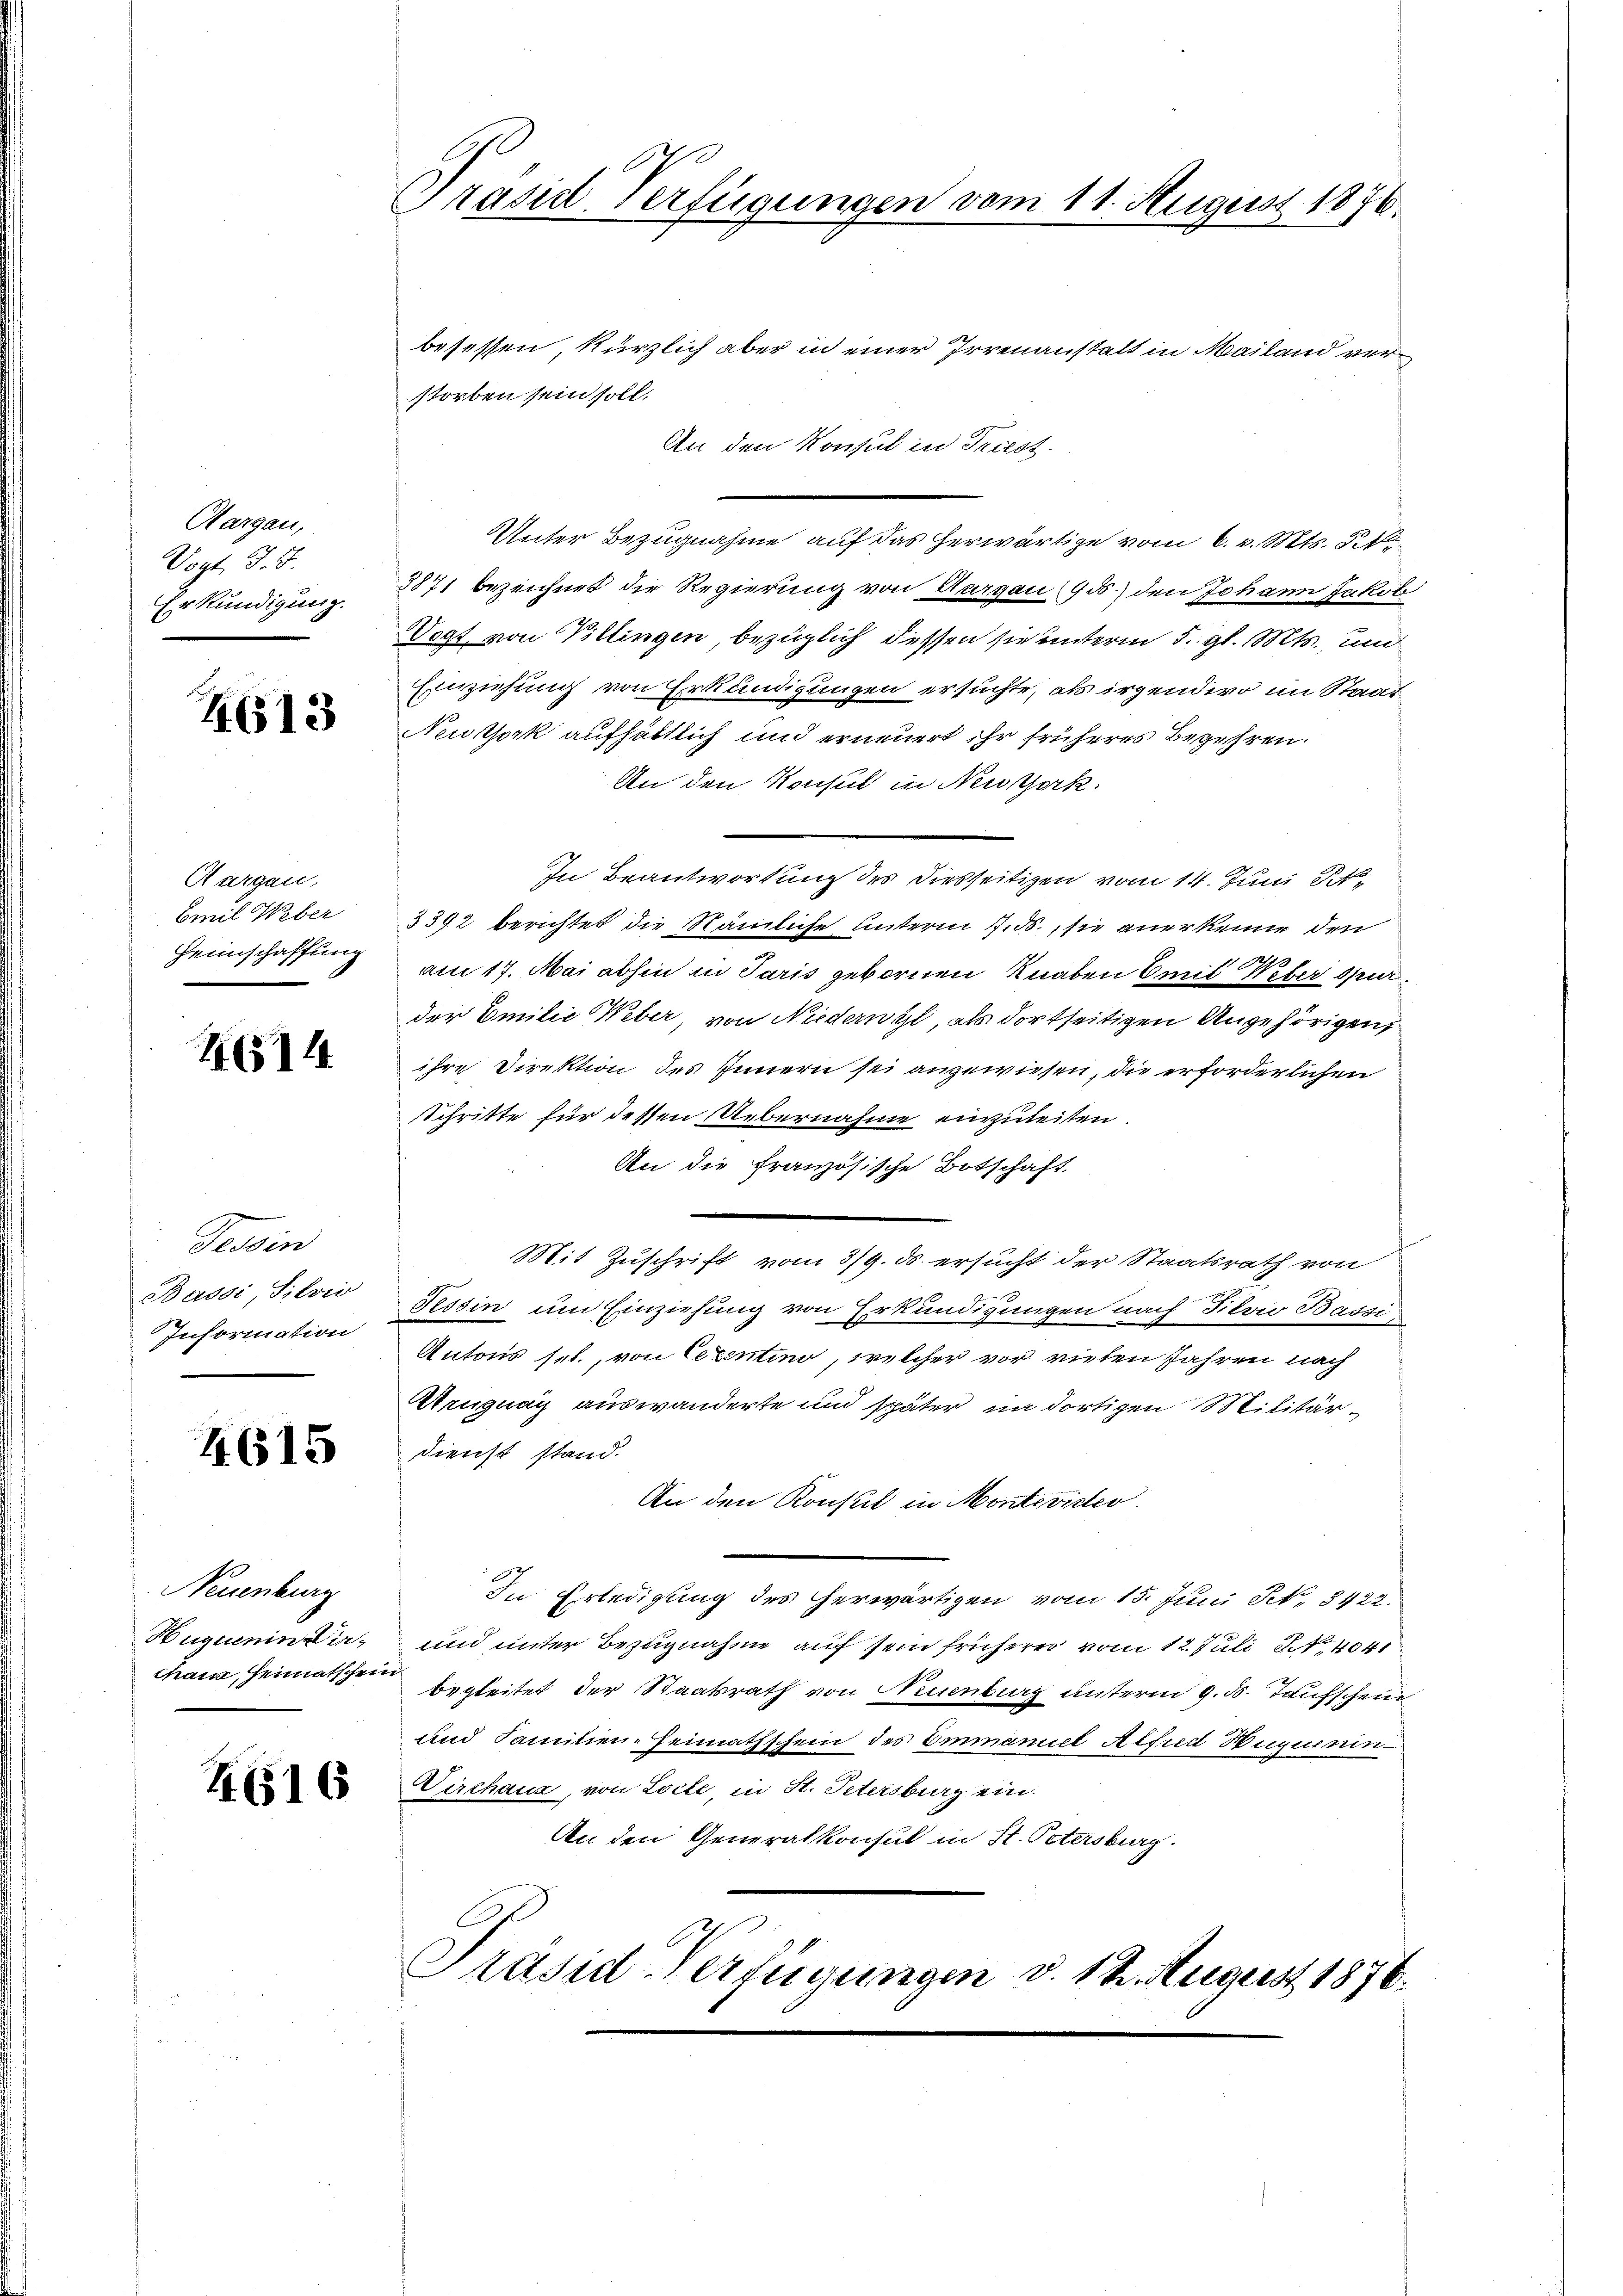
Aargau,
Vogt J. J.
Erkundigung.

4613

Aargau,
Emil Weber
Heimschaffung

4614

Tessin
Bassi, Silvio
Information

4615

Neuenburg
Huguenin Dir

4616

Präsid. Verfügungen vom 11. August 1876.

besessen, kürzlich aber in einer Irrenanstalt in Mailand verstorben sein soll.
An den Konsul in Triest.
Unter Bezugnahme auf das herwärtige vom 6. v. Mts. d. 1
8871 bezeichnet die Regierung von Aargau (930) den Johann Jakob
Vogt von Villingen, bezüglich dessen sie unterm 5. gl. Mts., und
Einziehung von Erkundigungen ersuchte, als irgendero im Staat
Neuthork aufhältlich und erneuert ihr früheres Begehren
An den Konsul in Neukork
In Beantwortung des Diesseitigen vom 14. Juni 84
3392 berichtet die Nämliche Unterm 7. ds., sie anerkenne den
am 17. Mai abhin in Paris gebornen Knaben Emil Weber spurder Emilie Weber, von Niederwyl, als dortseitigen Angehörigen,
ihre Direktion des Innern sei angewiesen, die erforderlichen
Schritte für dessen Uebernahme einzuleiten.
An die französische Botschaft
Mit Zuschrift vom 3/9. ds. ersucht der Staatsrath von
Tessin um Einziehung von Erkundigungen nach Tilvio Bassi
Antons sel., von Cerentino, welcher vor vielen Jahren nach
Aruguay auswanderte und später im dortigen Militär¬
Dienst stand.
An den Konsul in Montevister.
In Erledigung des herwärtigen vom 15. Juni Pct. 8422.
und unter Bezugnahme auf sein frühern vom 12. Juli 1, 4041
chanz, Heimatschein begleitet der Staatsrath von Neuenburg unterm 9. ds. Taufschein
und Familien-Heimathschein des Emmaniel Alfred Huquenin
Dirchaus, von Loite, in St. Petersburg ein.
An den Generalkonsul in St. Petersburg.
Präsid. Verfügungen d. 12. August 1876.